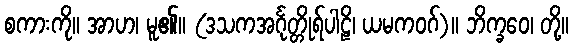
စကားကို။ အာဟ၊ မူ၏။ (ဒသကအင်္ဂုတ္တိုရ်ပါဠိ၊ ယမကဝဂ်)။ ဘိက္ခဝေ၊ တို့။